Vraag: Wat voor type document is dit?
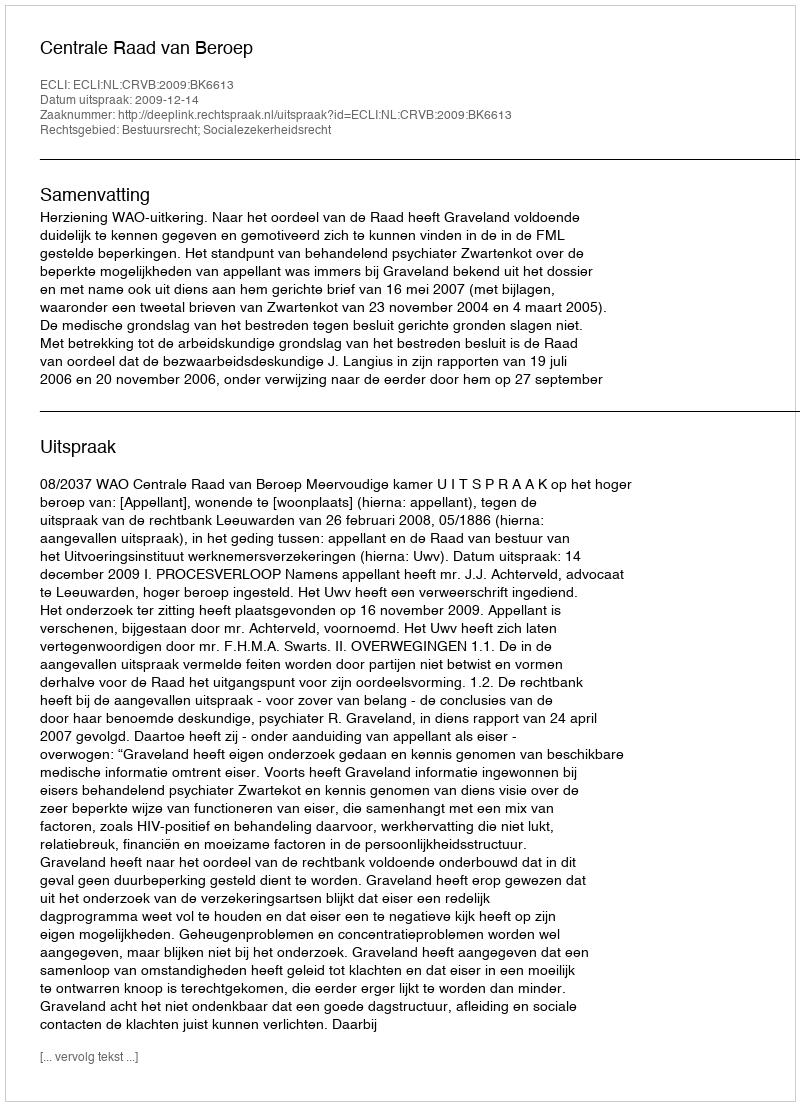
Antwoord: Uitspraak